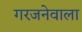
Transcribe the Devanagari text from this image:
गरजनेवाला